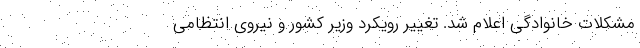
مشکلات خانوادگی اعلام شد. تغییر رویکرد وزیر کشور و نیروی انتظامی